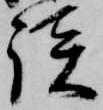
談